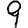
Digit: 9